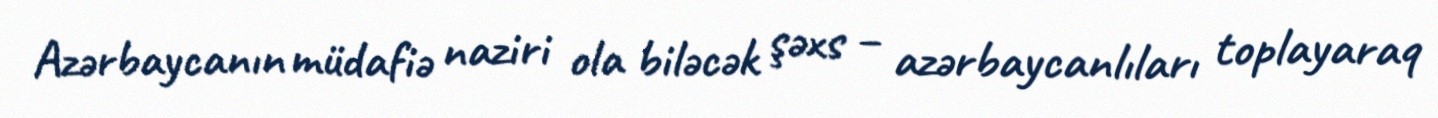
Azərbaycanın müdafiə naziri ola biləcək şəxs – azərbaycanlıları toplayaraq